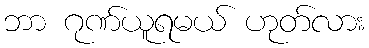
ဘာ ဂုဏ်ယူရမယ် ဟုတ်လား